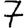
Digit: 7